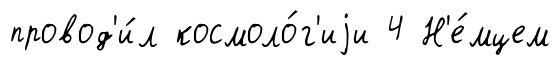
провод'и́л космоло́г'иjи 4 Н'е́мцем